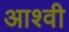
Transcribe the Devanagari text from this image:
आश्वी